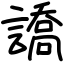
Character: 譑